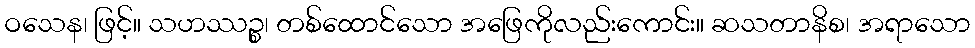
ဝသေန၊ ဖြင့်။ သဟဿဉ္စ၊ တစ်ထောင်သော အဖြေကိုလည်းကောင်း။ ဆသတာနိစ၊ အရာသော